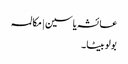
عائشہ یاسین | مکالمہ
بولو بیٹا ۔